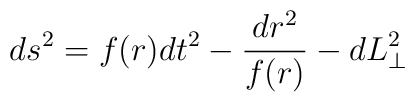
ds^2 = f(r)dt^2 -  \frac{dr^2}{f(r)} - dL^2_\perp